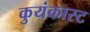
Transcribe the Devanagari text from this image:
कुयंकास्ट